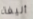
أليفة